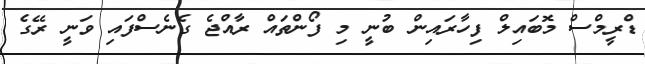
ޑްރީމްސް މޮބައިލް ފިހާރައިން ބުނީ މި ފޯންތައް ރާއްޖެ ގެނެސްފައި ވަނީ ރޭގެ